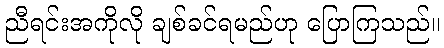
ညီရင်းအကိုလို ချစ်ခင်ရမည်ဟု ပြောကြသည်။